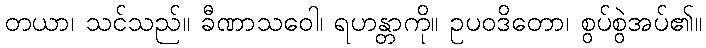
တယာ၊ သင်သည်။ ခီဏာသဝေါ၊ ရဟန္တာကို။ ဥပဝဒိတော၊ စွပ်စွဲအပ်၏။